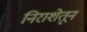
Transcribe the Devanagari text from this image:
निराशेतून